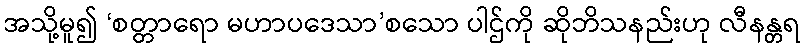
အသို့မူ၍ ‘စတ္တာရော မဟာပဒေသာ’စသော ပါဌ်ကို ဆိုဘိသနည်းဟု လီနန္တရ